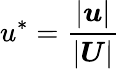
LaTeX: u^{*}=\frac{|\boldsymbol{u}|}{|\boldsymbol{U}|}